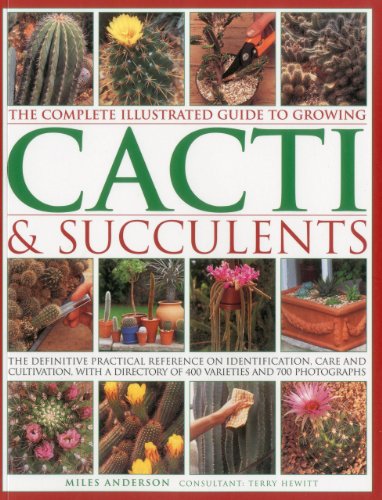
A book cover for The Complete Illustrated Guide to Growing Cacti & Succulents; Miles Anderson; Crafts, Hobbies & Home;